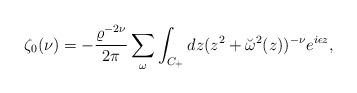
LaTeX: \begin{align*}\zeta_0(\nu)=-{\varrho^{-2\nu} \over 2\pi }\sum_\omega\int_{C_+}dz(z^2+\breve{\omega}^2(z))^{-\nu}e^{i\epsilon z},\end{align*}